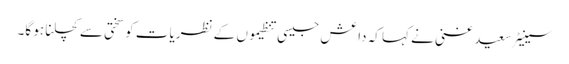
سینیٹر سعید غنی نے کہا کہ داعش جیسی تنظیموں کے نظریات کو سختی سے کچلنا ہو گا۔